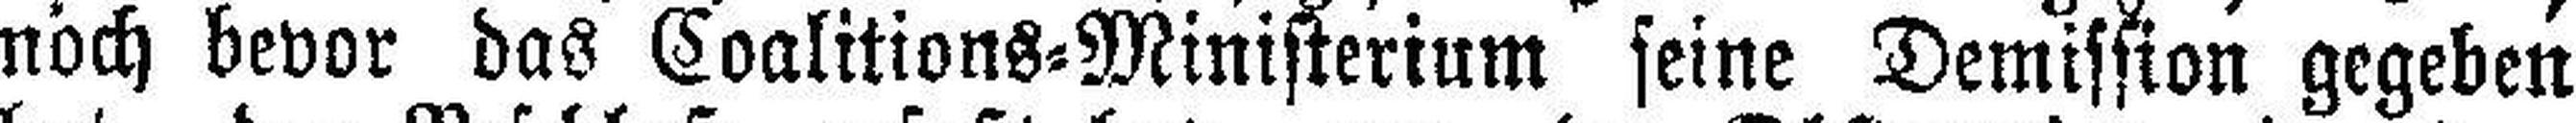
noch bevor das Coalitions=Ministerium seine Demission gegeben